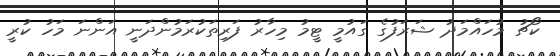
ކޯޗު މުހައްމަދު ޝަރަފުގެ ގައުމީ ޓީމު މިހާރު ފަރިތަކުރަމުންދަނީ އަންނަ މަހު ކުރީ